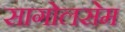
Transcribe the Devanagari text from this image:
सागोलसेम